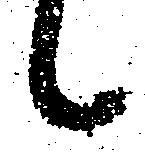
々